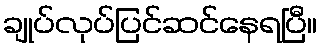
ချုပ်လုပ်ပြင်ဆင်နေရပြီ။